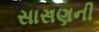
સાસણની